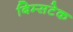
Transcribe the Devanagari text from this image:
बिम्सटेक